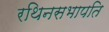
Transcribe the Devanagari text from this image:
रथिनसभापति